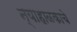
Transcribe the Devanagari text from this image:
न्याहाळकाचे